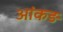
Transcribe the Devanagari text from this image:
आंकड़